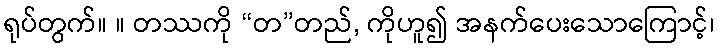
ရုပ်တွက်။ ။ တဿကို “တ”တည်, ကိုဟူ၍ အနက်ပေးသောကြောင့်၊